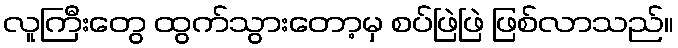
လူကြီးတွေ ထွက်သွားတော့မှ စပ်ဖြဲဖြဲ ဖြစ်လာသည်။